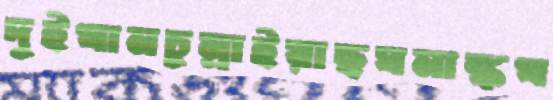
দুইখানচুম্‌রাইয়াছঘনাঙ্কখ